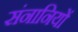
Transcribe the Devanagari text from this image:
संनानियों